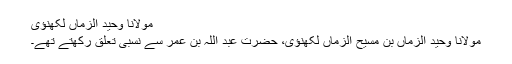
مولانا وحید الزماں لکھنؤی
مولانا وحید الزماں بن مسیح الزماں لکھنؤی، حضرت عبد اللہ بن عمر سے نسبی تعلق رکھتے تھے۔